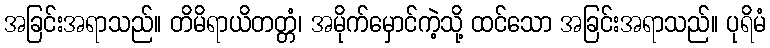
အခြင်းအရာသည်။ တိမိရာယိတတ္တံ၊ အမိုက်မှောင်ကဲ့သို့ ထင်သော အခြင်းအရာသည်။ ပုရိမံ